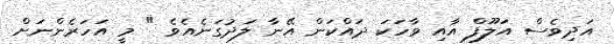
އަދިވެސް އަލޫފް އާއި ވާހަކަ ދައްކަން އޭނާ ލަދުގަނެއެވެ " މީ އަހަރެންނަށް